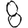
Digit: 8